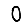
Digit: 0